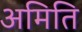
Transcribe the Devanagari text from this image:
अमिति